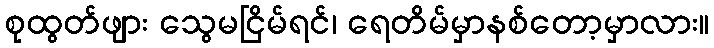
စုထွတ်ဖျား သွေမငြိမ်ရင်၊ ရေတိမ်မှာနစ်တော့မှာလား။